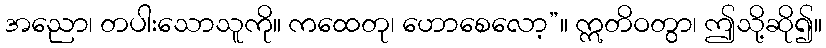
အညော၊ တပါးသောသူကို။ ကထေတု၊ ဟောစေလော့”။ ဣတိဝတွာ၊ ဤသို့ဆို၍။